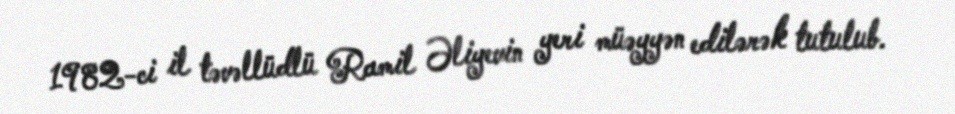
1982-ci il təvəllüdlü Ramil Əliyevin yeri müəyyən edilərək tutulub.